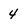
Character: 4